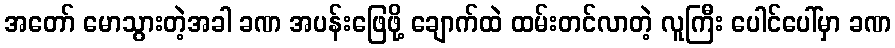
အတော် မောသွားတဲ့အခါ ခဏ အပန်းဖြေဖို့ ချောက်ထဲ ထမ်းတင်လာတဲ့ လူကြီး ပေါင်ပေါ်မှာ ခဏ